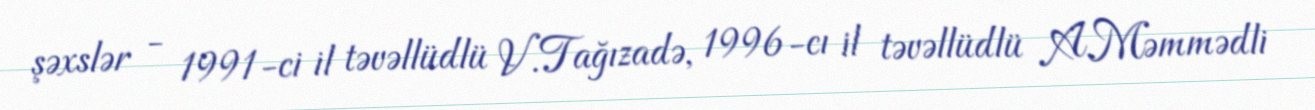
şəxslər - 1991-ci il təvəllüdlü V.Tağızadə, 1996-cı il təvəllüdlü A.Məmmədli